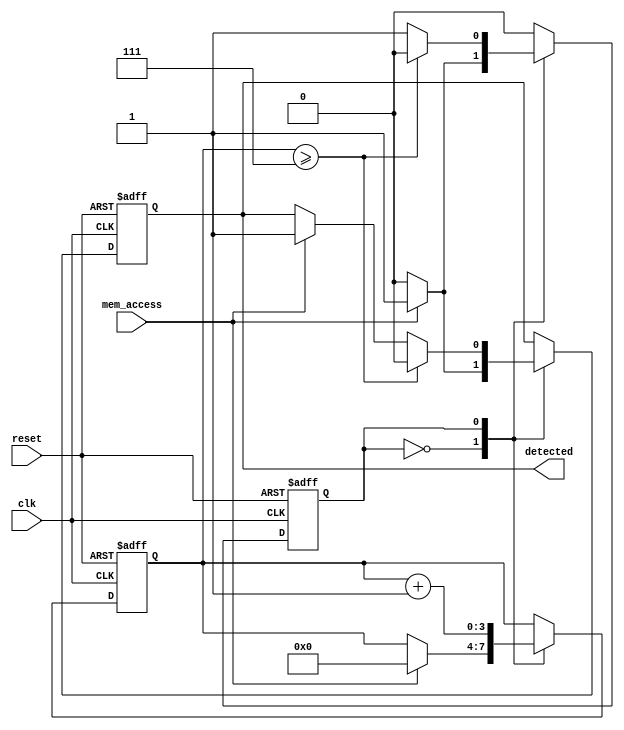
module memory_blocks_time_window_detector #
(
    parameter TIME_WINDOW = 8 // Define time window in clock cycles
)
(
    input wire clk,              // Clock signal
    input wire reset,            // Asynchronous reset signal
    input wire mem_access,       // Memory access signal
    output reg detected           // Detected signal
);

    reg [3:0] counter;           // 4-bit counter for the time window (adjust size as needed)
    reg state;                   // State variable (0: Idle, 1: Active)

    // State definitions
    localparam IDLE = 1'b0;
    localparam ACTIVE = 1'b1;

    always @(posedge clk or posedge reset) begin
        if (reset) begin
            // Reset state
            counter <= 0;
            detected <= 0;
            state <= IDLE;
        end else begin
            case (state)
                IDLE: begin
                    detected <= 0; // Reset detected signal
                    if (mem_access) begin
                        // Transition to active state on mem_access
                        detected <= 1; // Set detected signal high
                        counter <= 0; // Reset counter
                        state <= ACTIVE; // Move to active state
                    end
                end
                
                ACTIVE: begin
                    if (mem_access) begin
                        // If another mem_access occurs, set detected high
                        detected <= 1; // Multiple accesses detected
                    end
                    
                    counter <= counter + 1; // Increment counter
                    
                    if (counter >= TIME_WINDOW - 1) begin
                        // Transition back to idle state after time window
                        detected <= 0; // Reset detected signal
                        state <= IDLE; // Move to idle state
                    end
                end
                
                default: state <= IDLE; // Default to idle
            endcase
        end
    end

endmodule